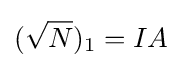
({\sqrt {N}})_{1}=IA